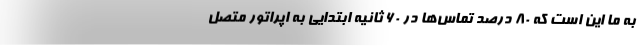
به ما این است که ۸۰ درصد تماس‌ها در ۶۰ ثانیه ابتدایی به اپراتور متصل